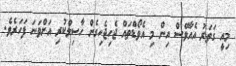
މިއީ ގަތަރު އެއާވޭސް އިން މި އެވޯޑްތައް ޖެހިޖެހިގެން ހާސިލްކުރި އަށްވަނަ ފަހަރެވެ.